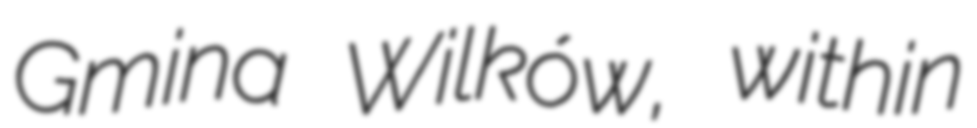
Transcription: Gmina Wilków, within